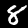
Label: 8